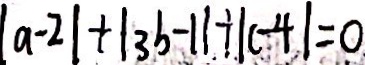
\vert a - 2 \vert + \vert 3 b - 1 \vert + \vert c - 4 \vert = 0